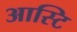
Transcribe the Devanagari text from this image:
आस्टि